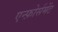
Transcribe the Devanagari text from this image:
एन्फ़ोर्समेंट